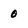
Character: 0